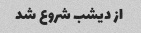
از دیشب شروع شد